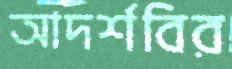
আদর্শবির